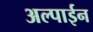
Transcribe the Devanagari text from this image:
अल्पाईन